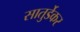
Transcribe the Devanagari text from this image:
सातुर्डेकर